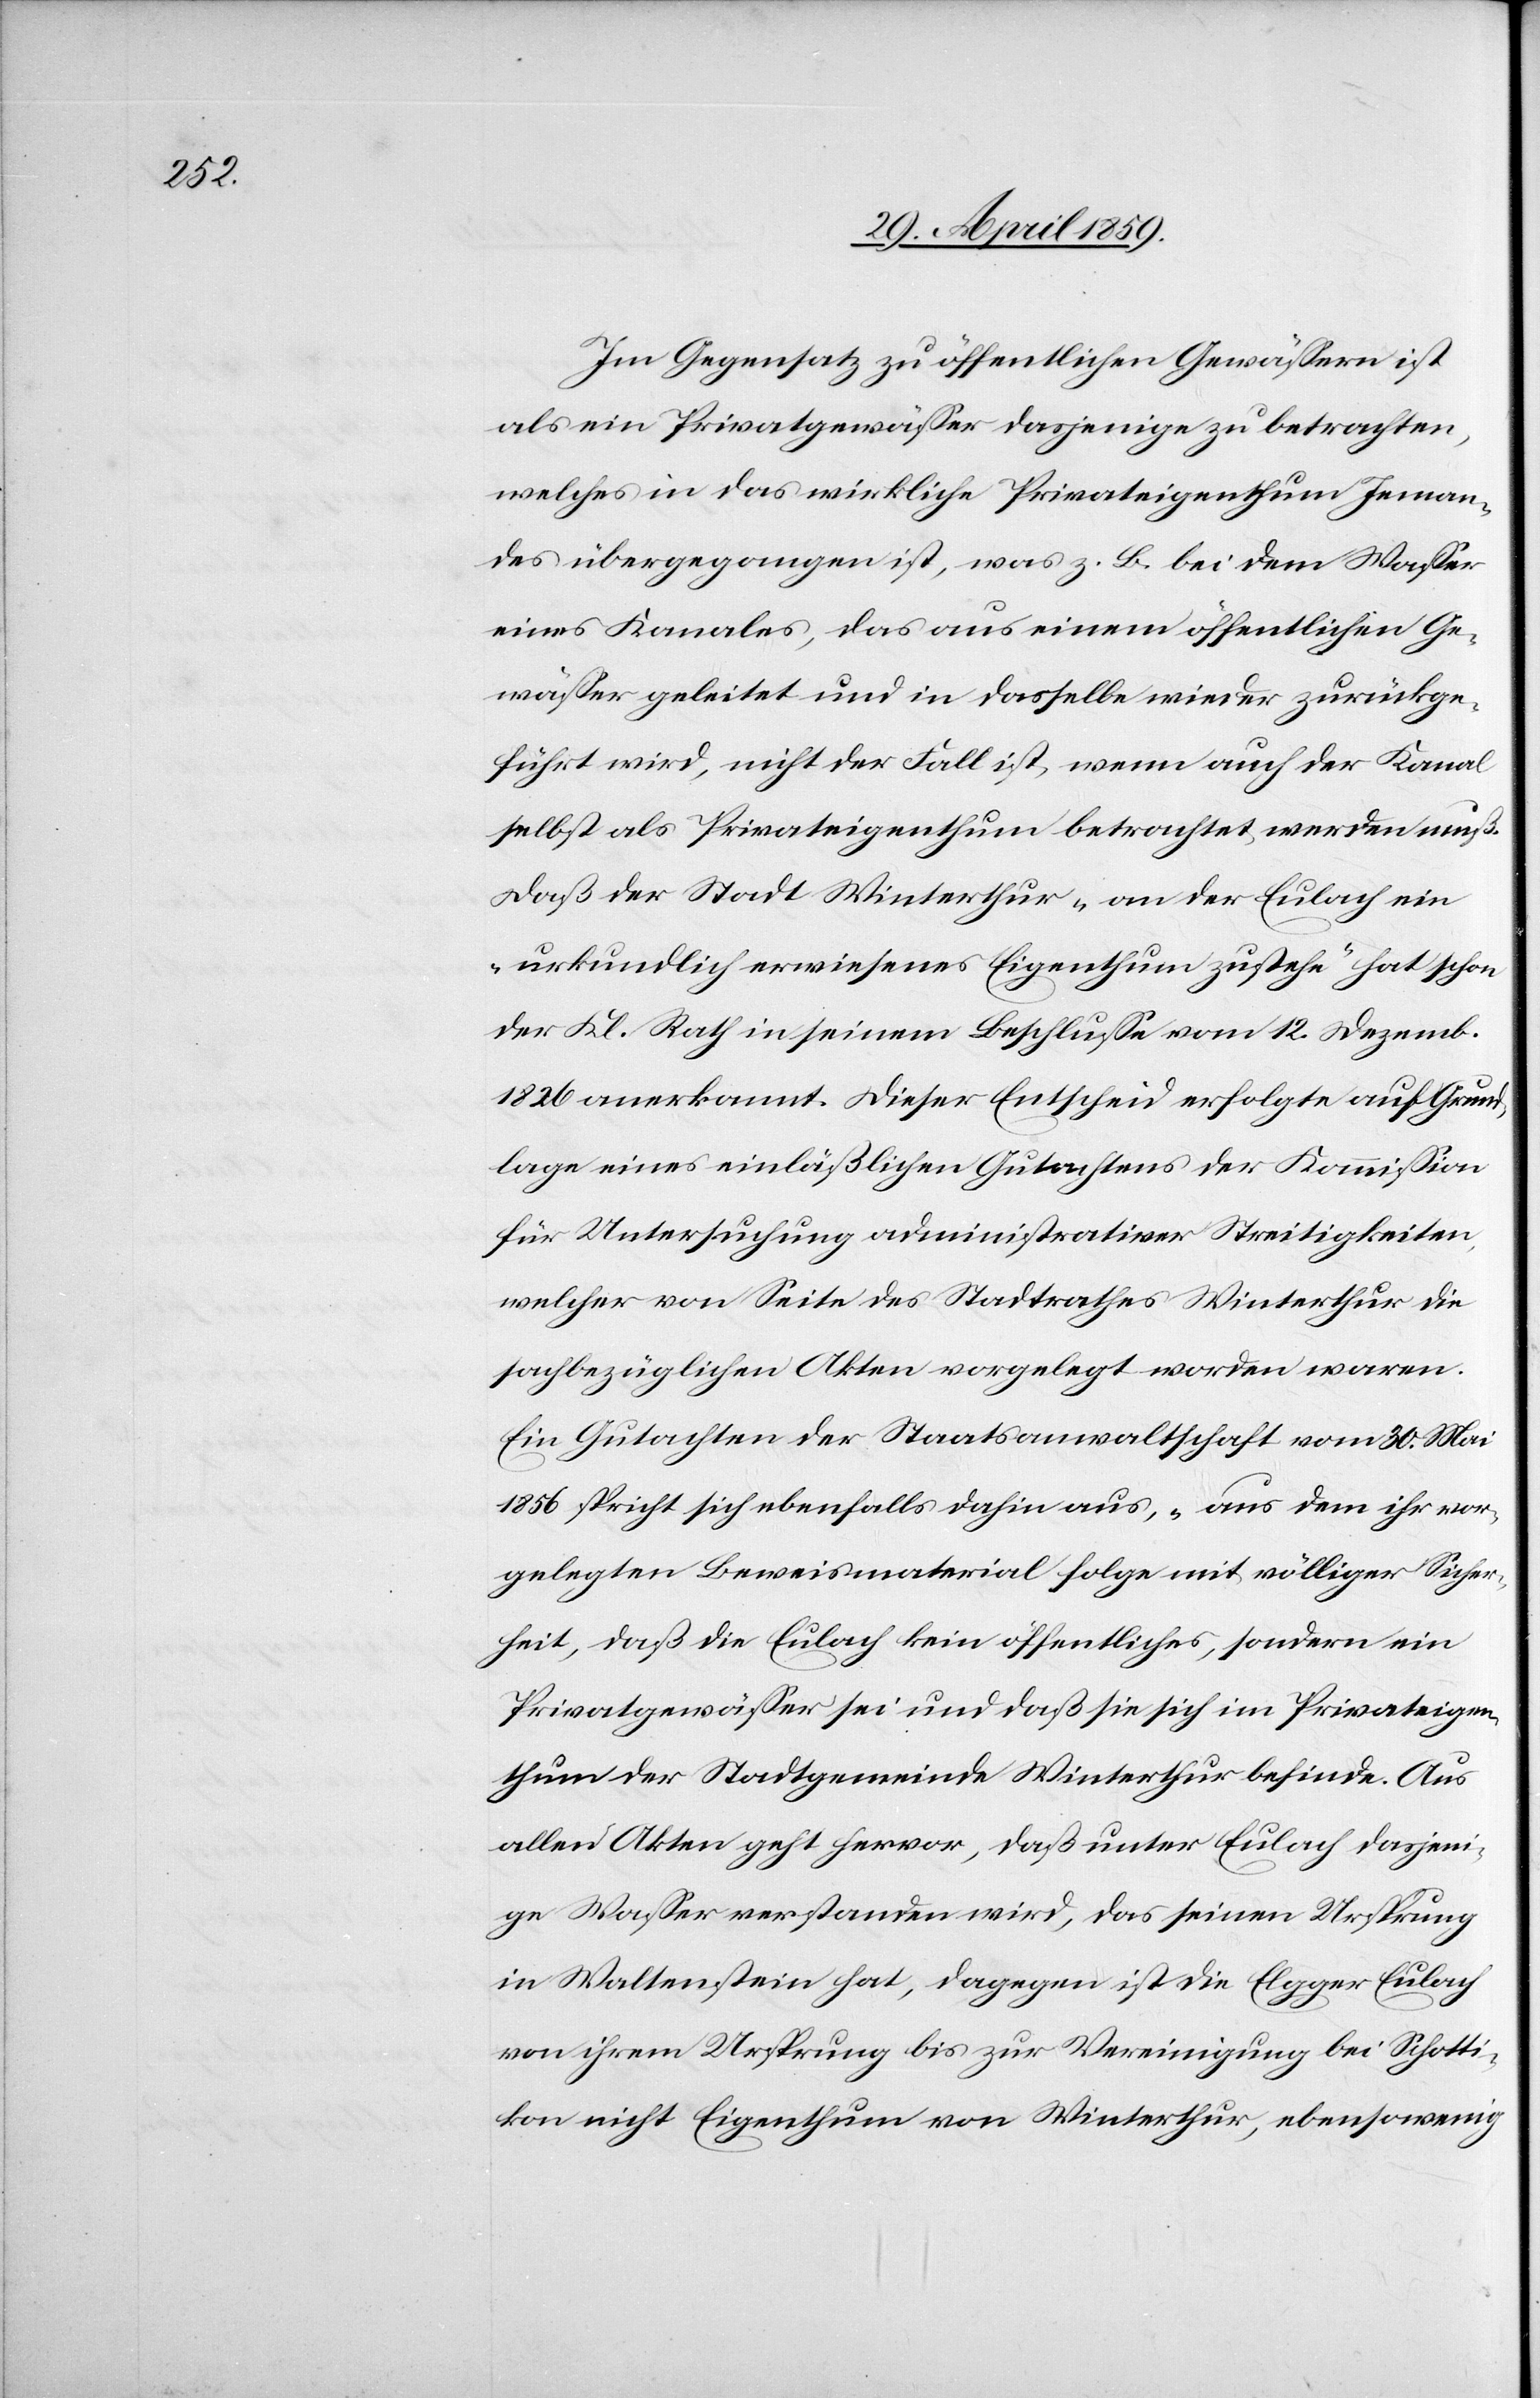
Im Gegensatz zu öffentlichen Gewäßern ist
als ein Privatgewäßer dasjenige zu betrachten,
welches in das wirkliche Privateigenthum Jeman¬
des übergegangen ist, was z. B. bei dem Waßer
eines Kanales, das aus einem öffentlichen Ge¬
wäßer geleitet und in dasselbe wieder zurückge¬
führt wird, nicht der Fall ist wenn auch der Kanal
selbst als Privateigenthum betrachtet werden muß.
Daß der Stadt Winterthur „an der Eulach ein
urkundlich erwiesenes Eigenthum zustehe“ hat schon
der Kl. Rath in seinem Beschluße vom 12. Dezemb.
1826 anerkannt. Dieser Entscheid erfolgte auf Grund¬
lage eines einläßlichen Gutachtens der Kommißion
für Untersuchung administrativer Streitigkeiten,
welcher von Seite des Stadtrathes Winterthur die
sachbezüglichen Akten vorgelegt worden waren.
Ein Gutachten der Staatsanwaltschaft vom 30. Mai
1856 spricht sich ebenfalls dahin aus, „aus dem ihr vor¬
gelegten Beweismaterial folge mit völliger Sicher¬
heit, daß die Eulach kein öffentliches, sondern ein
Privatgewäßer sei und daß sie sich im Privateigen¬
thum der Stadtgemeinde Winterthur befinde. Aus
allen Akten geht hervor, daß unter Eulach dasjeni¬
ge Waßer verstanden wird, das seinen Ursprung
in Waltenstein hat, dagegen ist die Elgger Eulach
von ihrem Ursprung bis zu Vereinigung bei Schotti¬
kon nicht Eigenthum von Winterthur, ebensowenig